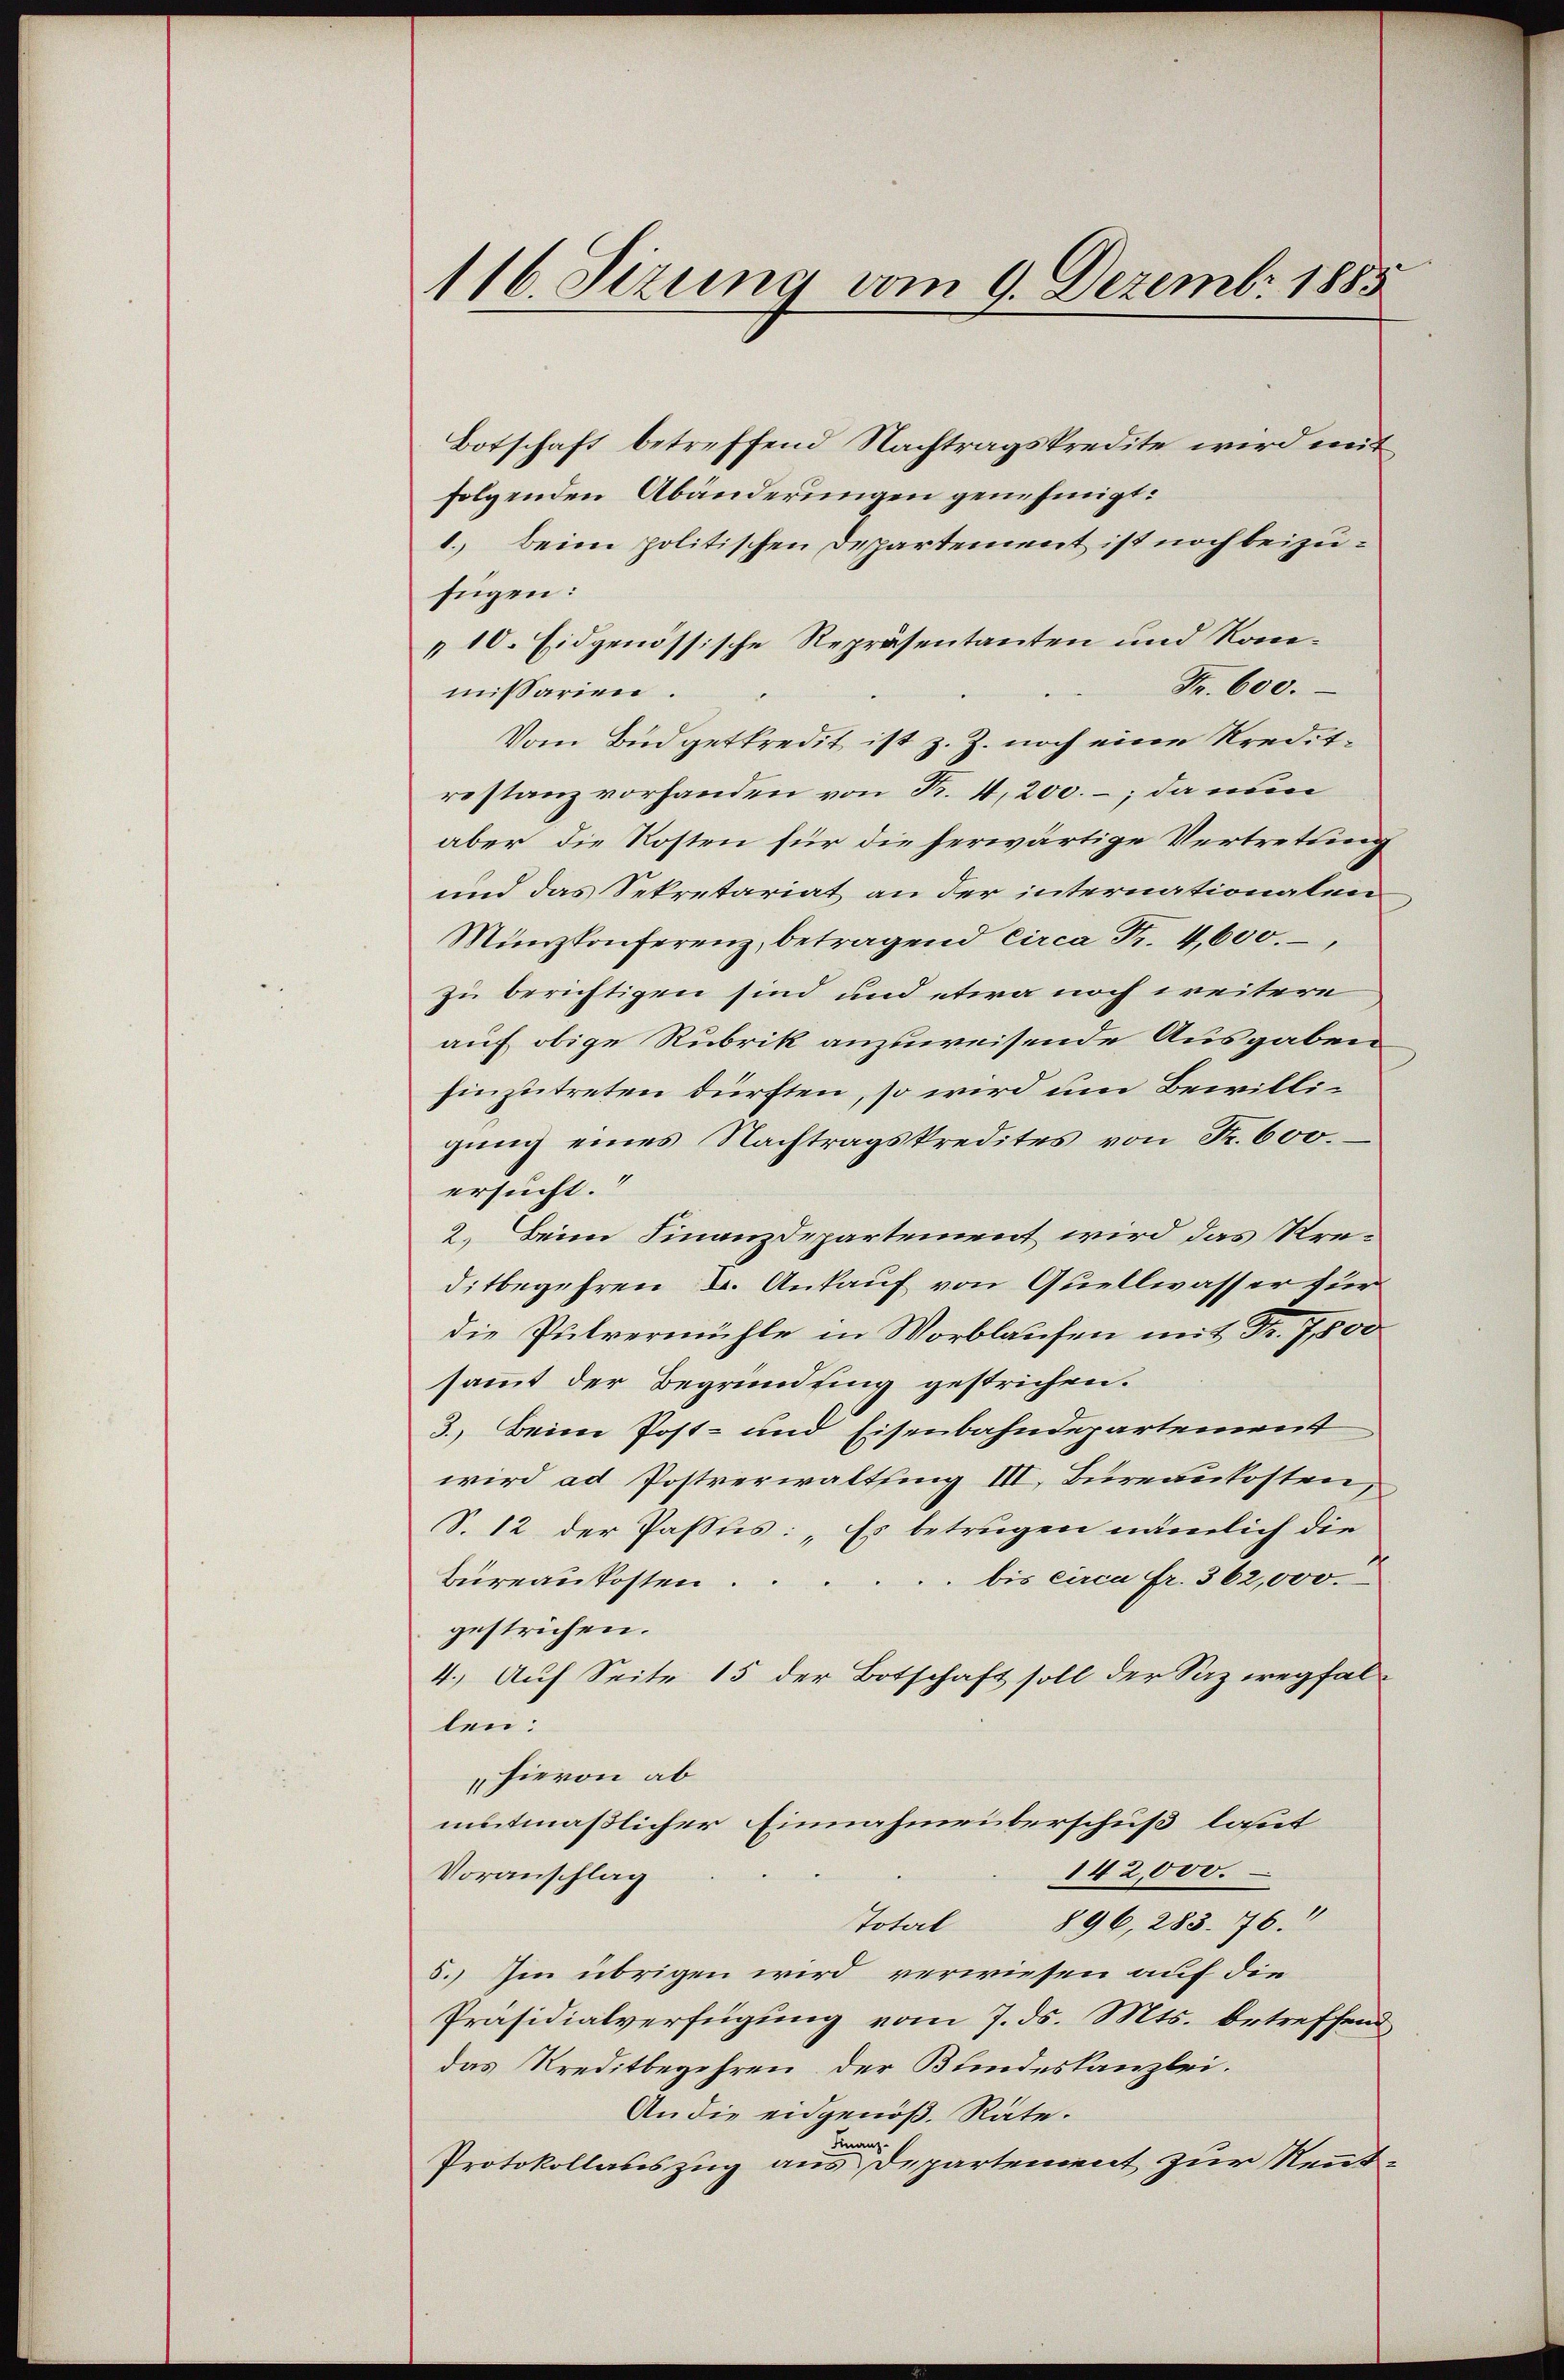
116. Sizung vom 9. Dezemb. 1885

Botschaft betreffend Nachtragskredite wird mit
folgenden Abänderungen genehmigt:
1. Beim politischen Departement ist noch beizufügen:
„10. Eidgenössische Repräsentanten und Rome¬
Fr. 600.
missarien.
Vom Budgetkredit ist z. Z. noch eine Kreditrestanz vorhanden von Fr. 4,200. – da nun
aber die Kosten für die herwärtige Vertretting
und das Sekretariat an der internationalen
Münzkonferenz, betragend circa Fr. 4,600.
zu berichtigen sind und etwa noch weitere
auf obige Rubrik anzuweisende Ausgaben
hinzutreten dürften, so wird um Bewilligung eines Nachtragskredites von Fr. 600.
ersucht.
2.) Beim Finanzdepartement wird das Kreditbegehren B. Ankauf von Quellwasser für
die Pulvermühle in Worblaufen mit Fr. 7,800
sammt der Begründung gestrichen.
3.) Beim Post- und Eisenbahndepartement
wird ad Postverwaltung III, Bureaukosten,
S. 12 der Passus: „Es betrugen nämlich die
bis circa Fr. 362,000.
Büreaukosten.
gestrichen.
4.) Auf Seite 15 der Botschaft soll der Saz wegfalten.
hievon ab
mitmaßlicher Einnahmeberschuß lasset
142,000.
Voranschlag
Total 896, 283. 76.
5.) Im übrigen wird verwiesen auf die
Präsidialverfügung vom 7. ds. Mts. betreffend
das Kreditbegehren der Bundeskanzlei.
An die eidgenöß. Räte.
Finanz
Protokollauszug aus Departement zur Kennt¬